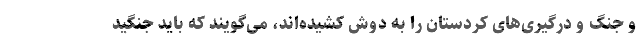
و جنگ و درگیری‌های کردستان را به دوش کشیده‌اند، می‌گویند که باید جنگید